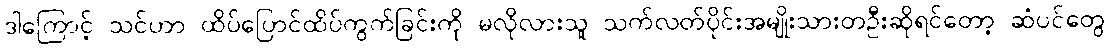
ဒါကြောင့် သင်ဟာ ထိပ်ပြောင်ထိပ်ကွက်ခြင်းကို မလိုလားသူ သက်လတ်ပိုင်းအမျိုးသားတဦးဆိုရင်တော့ ဆံပင်တွေ